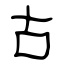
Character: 古